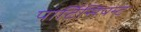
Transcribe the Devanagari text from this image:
पार्टिसिपन्ट